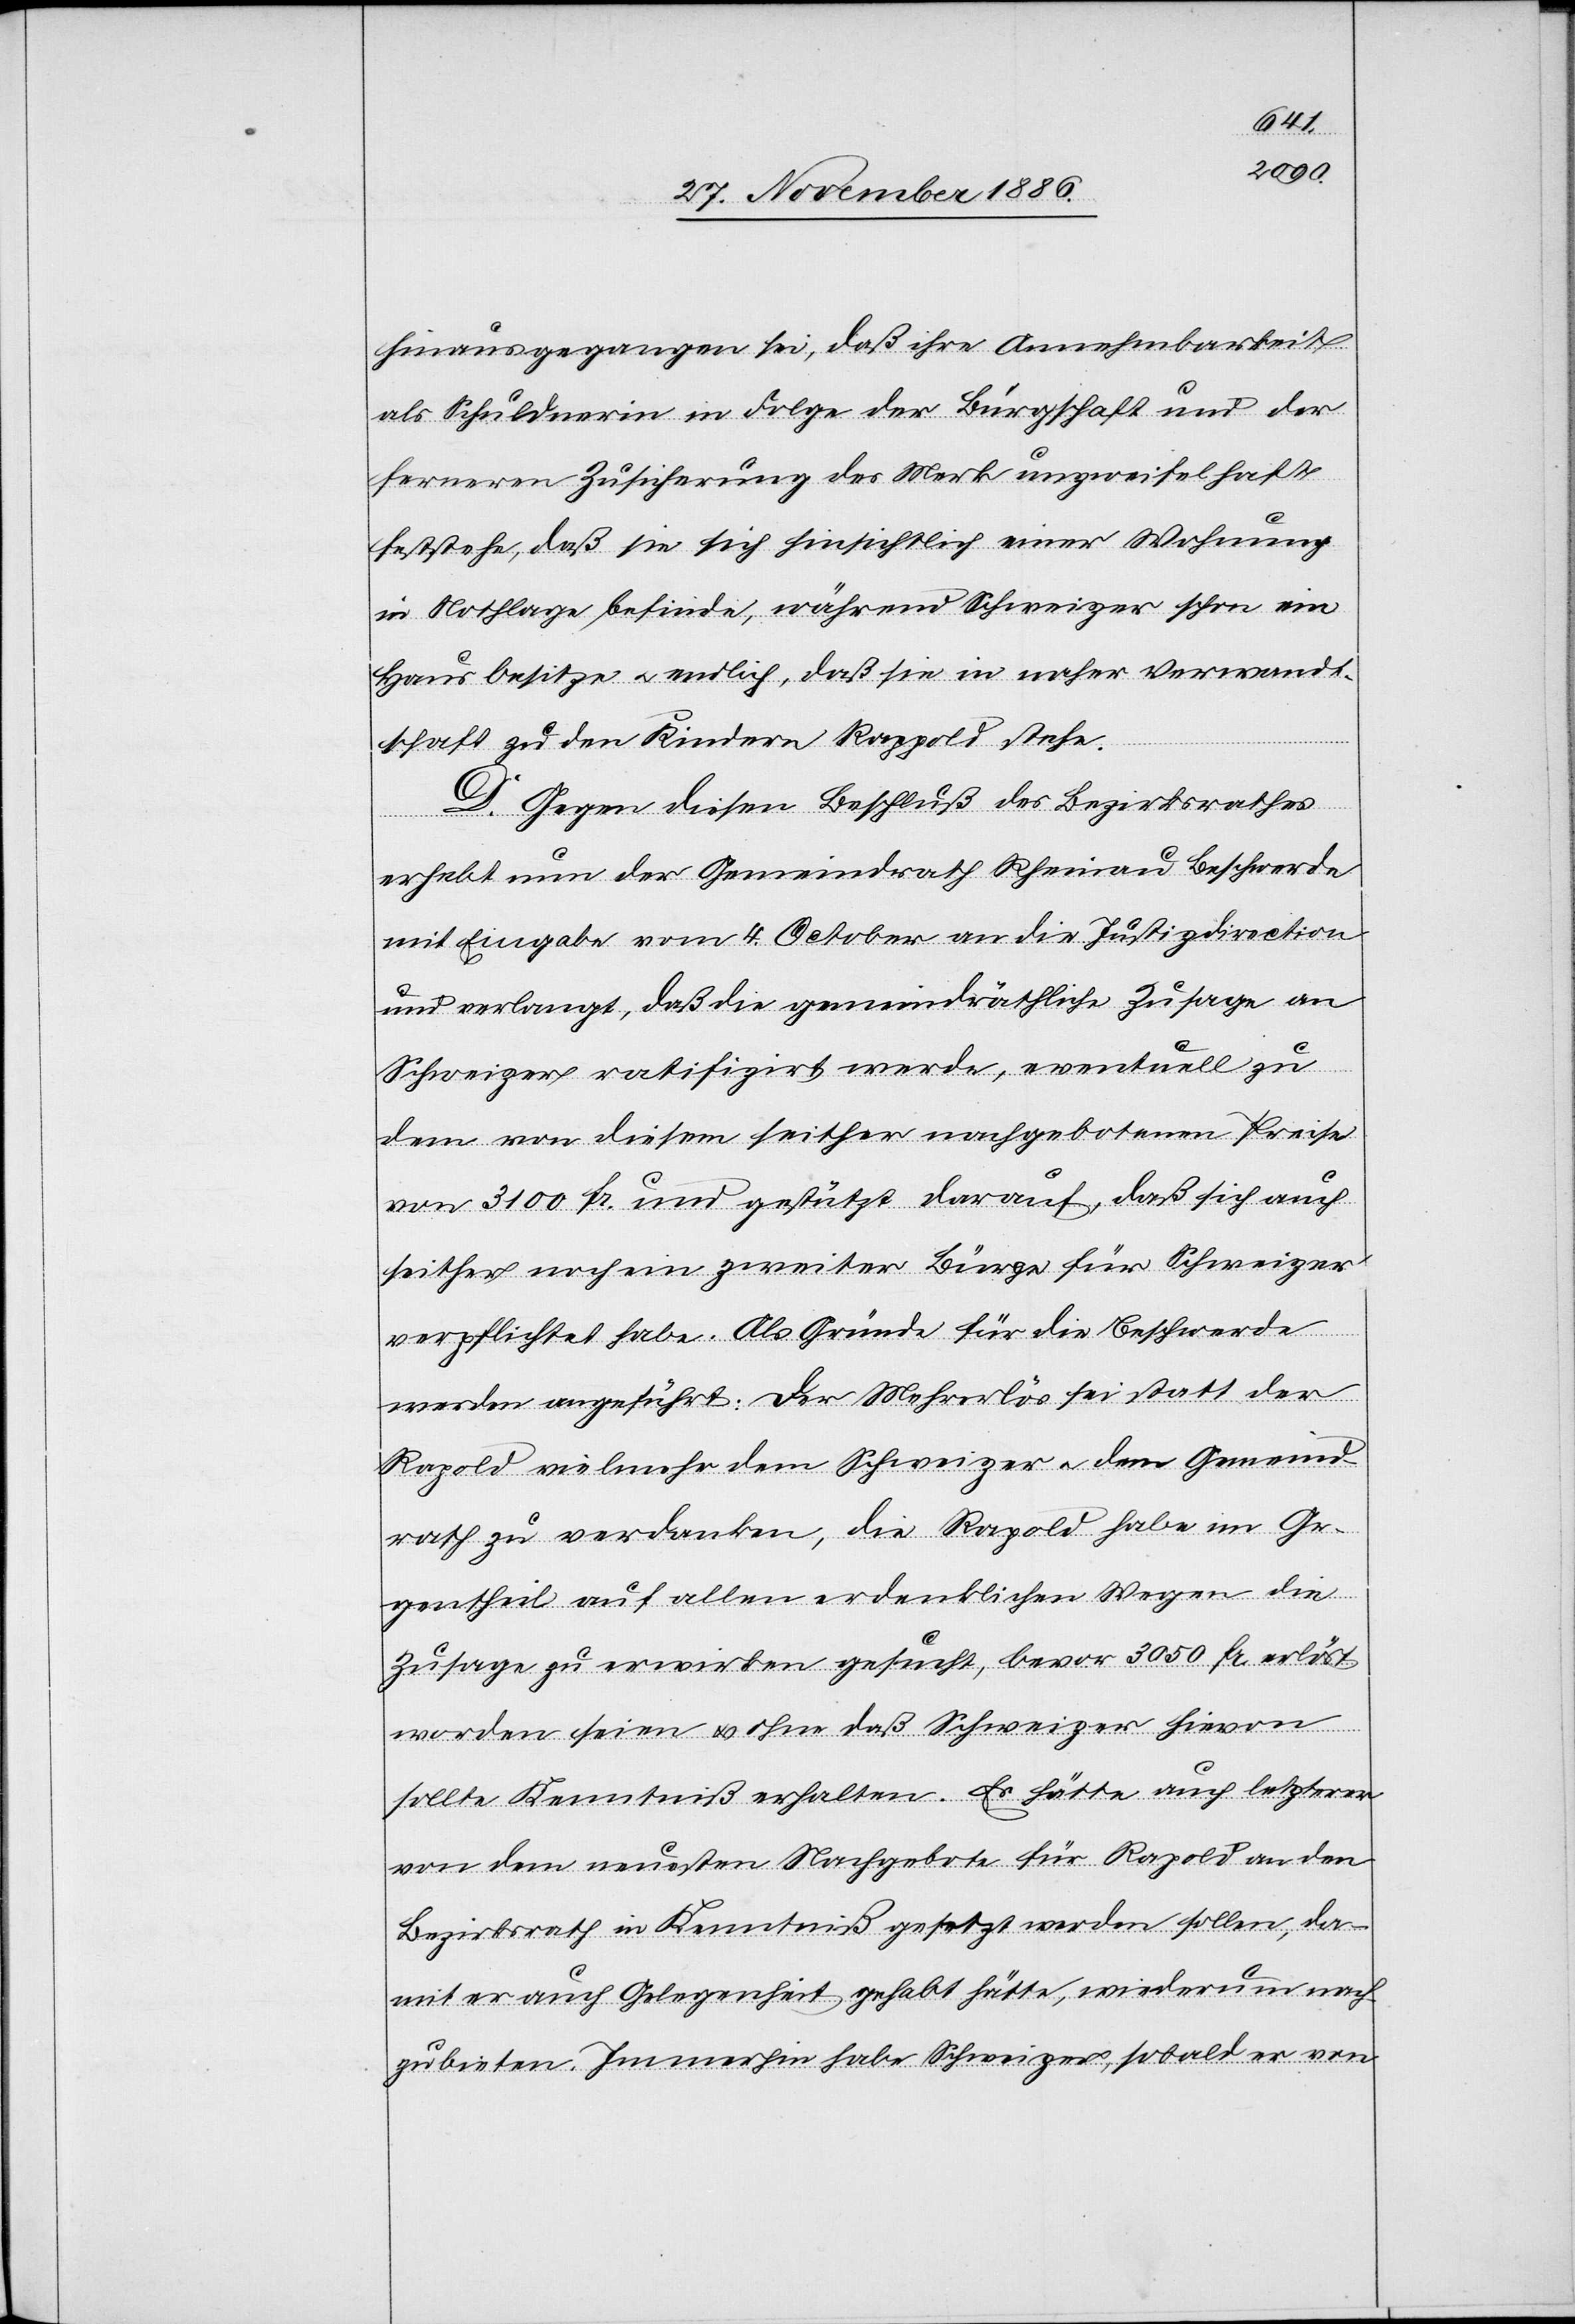
hinausgegangen sei, daß ihre Annehmbarkeit
als Schuldnerin in Folge der Bürgschaft und der
ferneren Zusicherung des Merk unzweifelhaft
feststehe, daß sie sich hinsichtlich einer Wohnung
in Nothlage befinde, während Schweizer schon ein
Haus besitze & endlich, daß sie in naher Verwandt¬
schaft zu den Kindern Rappold stehe.
D. Gegen diesen Beschluß des Bezirksrathes
erhebt nun der Gemeindrath Rheinau Beschwerde
mit Eingabe vom 4. October an die Justizdirection
und verlangt, daß die gemeindräthliche Zusage an
Schweizer ratifizirt werde, eventuell zu
dem von diesem seither nachgebotenen Preise
von 3100 Fr. und gestützt darauf, daß sich auch
seither noch ein zweiter Bürge für Schweizer
verpflichtet habe. Als Gründe für die Beschwerde
werden angeführt: Der Mehrerlös sei statt der
Rapold vielmehr dem Schweizer & dem Gemeind¬
rath zu verdanken, die Rapold habe im Ge¬
gentheil auf allen erdenklichen Wegen die
Zusage zu erwirken gesucht, bevor 3050 Fr. erlöst
worden seien & ohne daß Schweizer hievon
sollte Kenntniß erhalten. Es hätte auch letzterer
von dem neuesten Nachgebote für Rapold an den
Bezirksrath in Kenntniß gesetzt werden sollen, da¬
mit er auch Gelegenheit gehabt hätte, wiederum nach¬
zubieten. Immerhin habe Schweizer, sobald er von